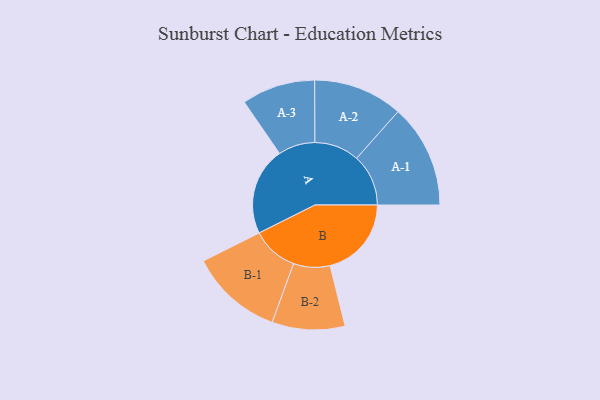
{"axis": {"x": "Segment", "y": "Value"}, "legend": ["", "A", "B"], "data": [{"x": "A", "y": 475, "type": ""}, {"x": "B", "y": 440, "type": ""}, {"x": "A-1", "y": 280, "type": "A"}, {"x": "A-2", "y": 242, "type": "A"}, {"x": "A-3", "y": 199, "type": "A"}, {"x": "B-1", "y": 251, "type": "B"}, {"x": "B-2", "y": 197, "type": "B"}]}